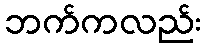
ဘက်ကလည်း